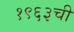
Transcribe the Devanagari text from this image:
१९६३ची